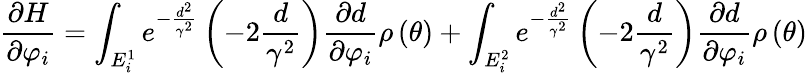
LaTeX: \frac{{\partial H}}{{\partial{\varphi_{i}}}}=\int_{{E_{i}^{1}}}{{e^{-\frac{{{d^{2}}}}{{{\gamma^{2}}}}}}\left({-2\frac{d}{{{\gamma^{2}}}}}\right)\frac{{\partial d}}{{\partial{\varphi_{i}}}}\rho\left(\theta\right)}+\int_{{E_{i}^{2}}}{{e^{-\frac{{{d^{2}}}}{{{\gamma^{2}}}}}}\left({-2\frac{d}{{{\gamma^{2}}}}}\right)\frac{{\partial d}}{{\partial{\varphi_{i}}}}\rho\left(\theta\right)}